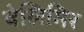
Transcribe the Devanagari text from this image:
वेलिमिर